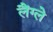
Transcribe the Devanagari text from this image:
लैंग्ले